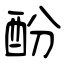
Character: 酚